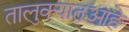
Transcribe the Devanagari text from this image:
तालुक्यातआहे